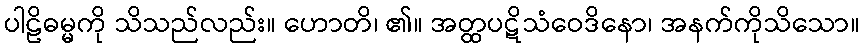
ပါဠိဓမ္မကို သိသည်လည်း။ ဟောတိ၊ ၏။ အတ္ထပဋိသံဝေဒိနော၊ အနက်ကိုသိသော။